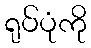
ရုပ်ပုံကို